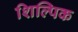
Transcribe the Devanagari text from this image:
शिल्पिक